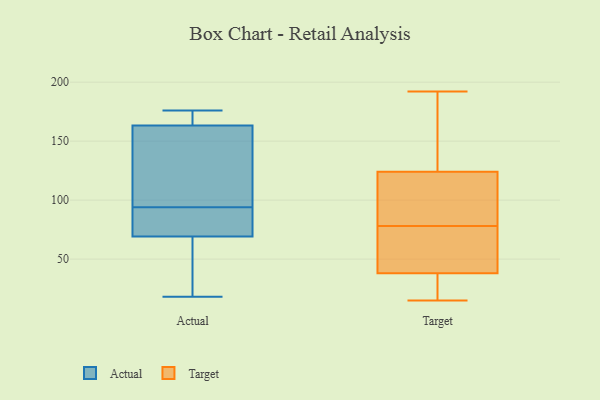
{"axis": {"x": "Customer Acquisition Cost (USD)", "y": "Value"}, "legend": ["Actual", "Target"], "data": [{"x": "", "y": 49, "type": "Actual"}, {"x": "", "y": 155, "type": "Actual"}, {"x": "", "y": 18, "type": "Actual"}, {"x": "", "y": 80, "type": "Actual"}, {"x": "", "y": 43, "type": "Actual"}, {"x": "", "y": 164, "type": "Actual"}, {"x": "", "y": 137, "type": "Actual"}, {"x": "", "y": 176, "type": "Actual"}, {"x": "", "y": 78, "type": "Actual"}, {"x": "", "y": 76, "type": "Actual"}, {"x": "", "y": 94, "type": "Actual"}, {"x": "", "y": 163, "type": "Actual"}, {"x": "", "y": 175, "type": "Actual"}, {"x": "", "y": 113, "type": "Target"}, {"x": "", "y": 15, "type": "Target"}, {"x": "", "y": 160, "type": "Target"}, {"x": "", "y": 23, "type": "Target"}, {"x": "", "y": 77, "type": "Target"}, {"x": "", "y": 38, "type": "Target"}, {"x": "", "y": 83, "type": "Target"}, {"x": "", "y": 151, "type": "Target"}, {"x": "", "y": 46, "type": "Target"}, {"x": "", "y": 62, "type": "Target"}, {"x": "", "y": 70, "type": "Target"}, {"x": "", "y": 192, "type": "Target"}, {"x": "", "y": 36, "type": "Target"}, {"x": "", "y": 165, "type": "Target"}, {"x": "", "y": 112, "type": "Target"}, {"x": "", "y": 124, "type": "Target"}, {"x": "", "y": 79, "type": "Target"}, {"x": "", "y": 33, "type": "Target"}]}